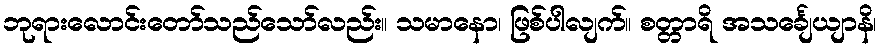
ဘုရားလောင်းတော်သည်သော်လည်း။ သမာနော၊ ဖြစ်ပါလျက်။ စတ္တာရိ အသင်္ချေယျာနိ၊